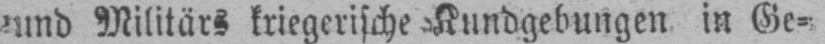
und Militärs kriegerische Kundgebungen in Ge⸗